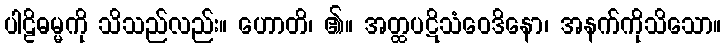
ပါဠိဓမ္မကို သိသည်လည်း။ ဟောတိ၊ ၏။ အတ္ထပဋိသံဝေဒိနော၊ အနက်ကိုသိသော။